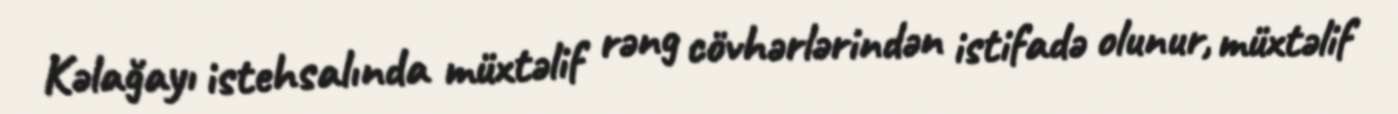
Kəlağayı istehsalında müxtəlif rəng cövhərlərindən istifadə olunur, müxtəlif